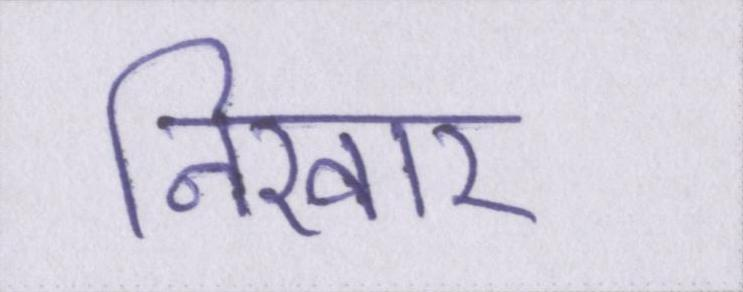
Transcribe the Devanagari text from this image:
निखार